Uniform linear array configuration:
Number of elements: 4
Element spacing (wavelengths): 0.75
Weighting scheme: hamming
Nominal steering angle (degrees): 0
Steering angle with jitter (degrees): -1.62
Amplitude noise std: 0.05
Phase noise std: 0.05

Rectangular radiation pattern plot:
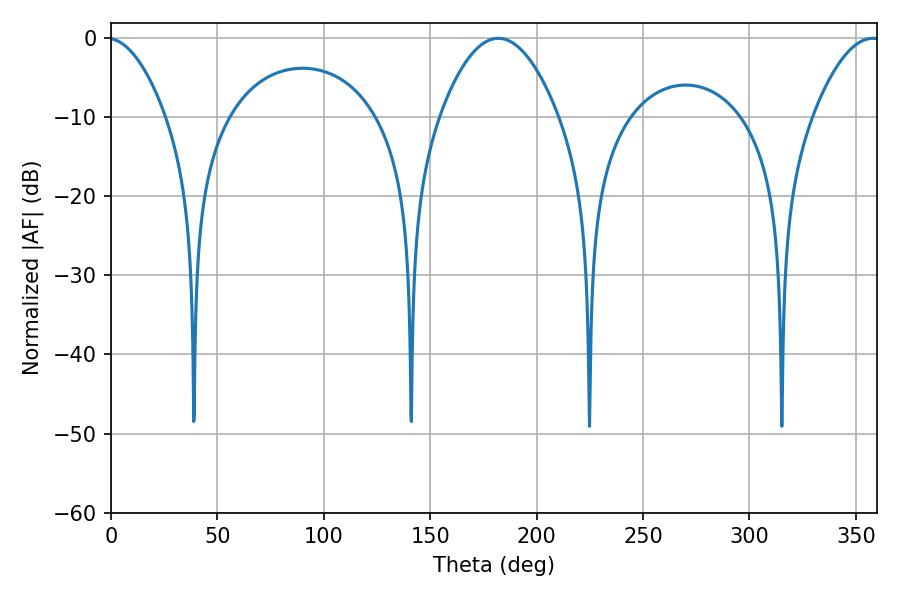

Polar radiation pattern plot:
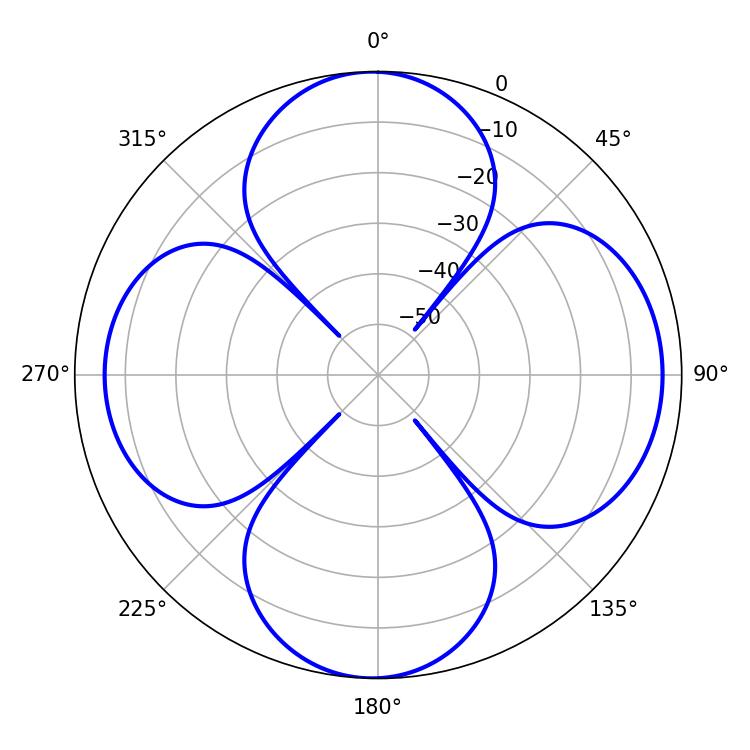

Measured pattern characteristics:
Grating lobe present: TRUE
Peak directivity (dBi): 12.378
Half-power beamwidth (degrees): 30.78
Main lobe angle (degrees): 181.98